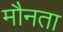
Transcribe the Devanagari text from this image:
मौनता